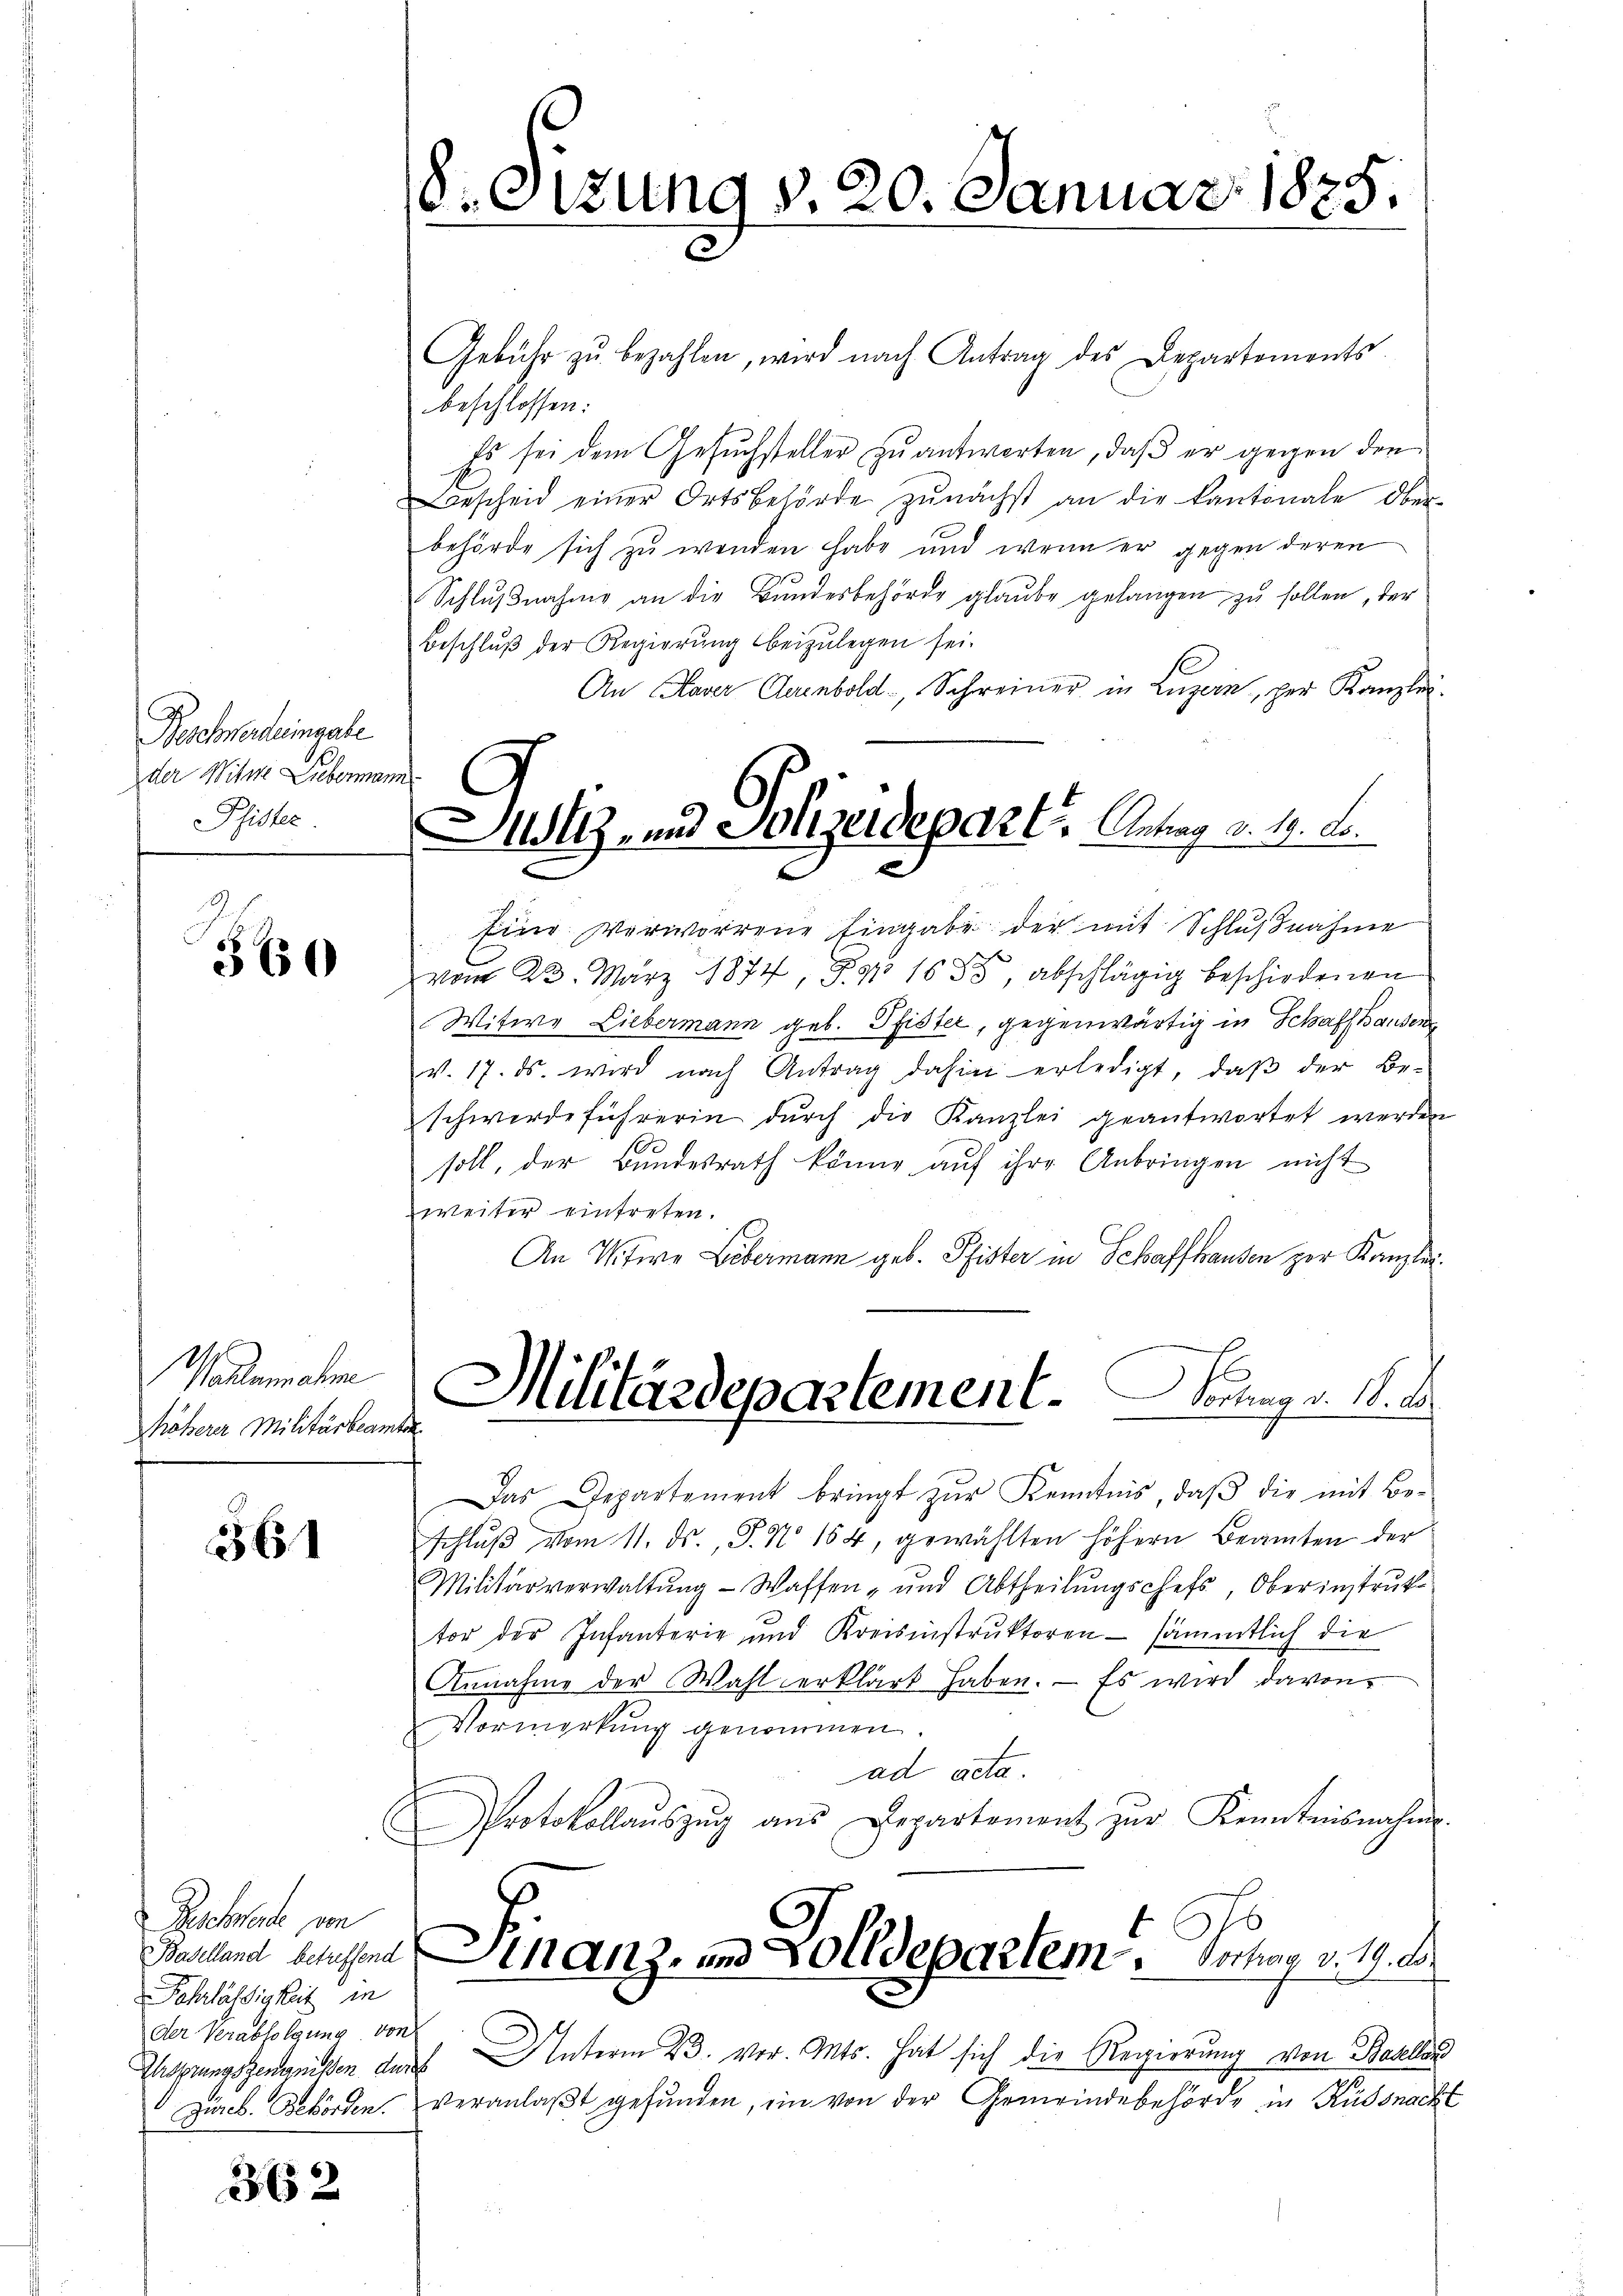
Beschwerteimsale
der Witwe Liebermann.
Pfister

360

Wasternahme
Mhöherer Militärbeam

361

Gschwerde von
Fahrlässigkeit in
der Verabfolgung von

362

M.

Gebühr zŭ bezahlen, wird nach Antrag des Departements-
beschlossen:
Es sei dem Gesuchsteller zu antworten, daß er gegen den
Bescheid einer Ortsbehörde zŭnächst an die Kantonale Ober-
behörde sich zu wenden habe und wenn er gegen deren
Schlŭβnahme an die Bŭndesbehörde glaŭbe gelangen zu sollen, der
Beschlŭβ der Regierŭng beizŭlegen sei.
An Haver Aurnbold, Schreiner in Luzern, der Kanzlei-
Eine Verworrene Eingabe der mit Schlŭβnahme
vom 22. März 1874, S. 1655 abschlägig beschiedenen
Witwe Liebermann geb. Pfister, gegenwärtig in Schaffhausen
v. 17. ds. wird nach Antrag dahin erledigt, daβ der Be-
schwerdeführerin durch die Kanzlei geantwortet werden
soll, der Bundesrath könne auf ihre Anbringen nicht
weiter eintreten.
An Witwe Lebermann geb. Pfister in Schaffhausen zur Kanzlei-
Militärdepartement. Sontag v. 18. d.
.
Das Departement bringt zŭr Kenntnis, daβ die mit Be-
schlŭβ vom 11. ds., P. No 164, gewählten höhern Beamten der
Militärverwaltŭng - Waffen- und Abtheilŭngschefs, Oberinstruk
tor der Infanterie und Kreisinstruktoren sämmtlich die
Annahme der Wahl erklärt haben. — Es wird davon
Vormerkung genommen.
ad acta.
Protokollaŭszŭg aŭs Departement zur Kenntnisnahme.
Bastand bessene Finanz- und Zolldepartem . Fechan v. 19. d.
Eisprungszeugnissen darf Unterm 23. vor. Mts. hat sich die Regierung von Basellan
Zürch. Behörden. veranlaßt gefunden, ein von der Gemeindebehörde in Küssnacht

8. Sizung v. 20. Januar 1875.

Alt- und Solizeidepart. Antrag v. 19. L
E